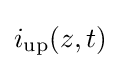
i_{\text{up}}(z,t)